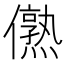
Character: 𰃁